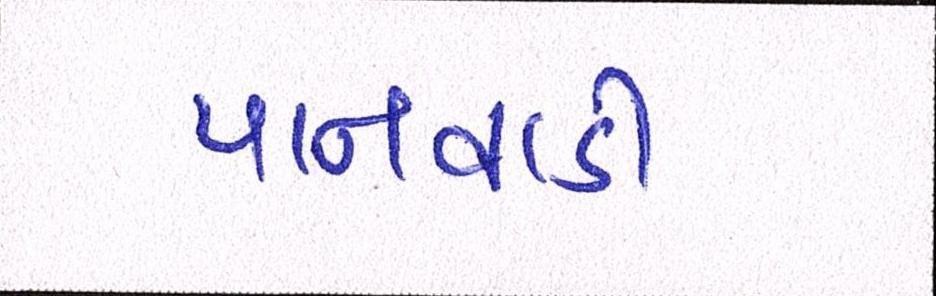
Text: પાનવાડી